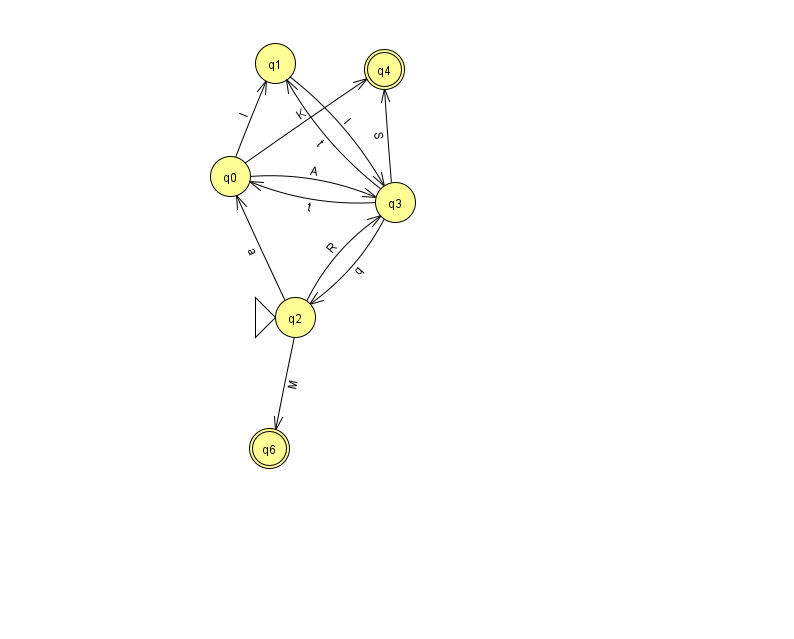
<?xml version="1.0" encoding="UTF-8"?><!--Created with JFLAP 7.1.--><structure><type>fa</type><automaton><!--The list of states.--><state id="0" name="q0"><x>230.0</x><y>163.0</y></state><state id="1" name="q1"><x>275.0</x><y>50.0</y></state><state id="2" name="q2"><x>295.0</x><y>304.0</y><initial/></state><state id="3" name="q3"><x>395.0</x><y>189.0</y></state><state id="4" name="q4"><x>384.0</x><y>56.0</y><final/></state><state id="6" name="q6"><x>269.0</x><y>435.0</y><final/></state><!--The list of transitions.--><transition><from>0</from><to>4</to><read>K</read></transition><transition><from>2</from><to>6</to><read>M</read></transition><transition><from>2</from><to>3</to><read>R</read></transition><transition><from>1</from><to>3</to><read>l</read></transition><transition><from>3</from><to>2</to><read>q</read></transition><transition><from>3</from><to>4</to><read>S</read></transition><transition><from>2</from><to>0</to><read>a</read></transition><transition><from>3</from><to>0</to><read>t</read></transition><transition><from>0</from><to>1</to><read>I</read></transition><transition><from>0</from><to>3</to><read>A</read></transition><transition><from>3</from><to>1</to><read>t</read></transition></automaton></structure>